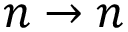
n \rightarrow n